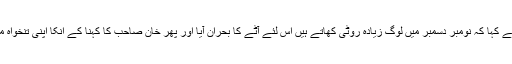
جیسے شیخ رشید نے کہا کہ نومبر دسمبر میں لوگ زیادہ روٹی کھاتے ہیں اس لئے آٹے کا بحران آیا اور پھر خان صاحب کا کہنا کے انکا اپنی تنخواہ میں گزارا نہیں ہوتا۔